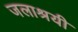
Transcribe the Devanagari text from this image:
जलाश्रयी